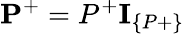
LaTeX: \textbf{P}^{+}=P^{+}\textbf{I}_{\{ P+\} }